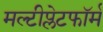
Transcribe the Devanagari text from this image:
मल्टीप्लेटफॉर्म